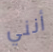
أنني